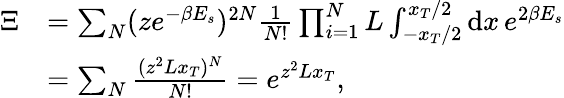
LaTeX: \begin{array}{rl}{\Xi}&{=\sum_{N}(ze^{-\beta E_{s}})^{2N}\frac{1}{N!}\prod_{i=1}^{N}L\int_{-x_{T}/2}^{x_{T}/2}\mathrm{d}x\, e^{2\beta E_{s}}}\\ &{=\sum_{N}\frac{(z^{2}Lx_{T})^{N}}{N!}=e^{z^{2}Lx_{T}},}\end{array}